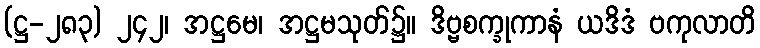
(ဋ္ဌ-၂၈၃) ၂၄၂၊ အဋ္ဌမေ၊ အဋ္ဌမသုတ်၌။ ဒိဗ္ဗစက္ခုကာနံ ယဒိဒံ ဗကုလာတိ